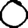
Digit: 0